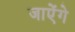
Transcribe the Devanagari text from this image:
जाऐंगे